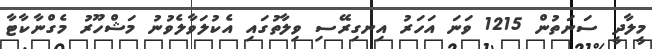
މީލާދީ ސަނަތުން 1215 ވަނަ އަހަރު އިނގިރޭސި ވިލާތުގައި އެކުލަވާލެވުނު މަޝްހޫރު މެގްނާކާޓާ